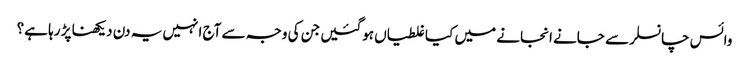
وائس چانسلر سے جانے انجانے میں کیا غلطیاں ہوگئیں جن کی وجہ سے آج انہیں یہ دن دیکھنا پڑ رہا ہے؟